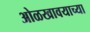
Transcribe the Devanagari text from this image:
ओळखावयाच्या